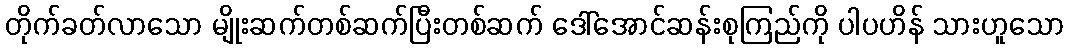
တိုက်ခတ်လာသော မျိုးဆက်တစ်ဆက်ပြီးတစ်ဆက် ဒေါ်အောင်ဆန်းစုကြည်ကို ပါပဟိန် သားဟူသော